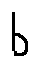
b